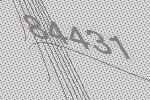
84431